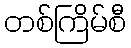
တစ်ကြိမ်စီ